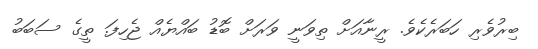
ބިރުވެރި ހަބަރެކެވެ. ރީނާއަށް ތިވަނީ ވަރަށް ބޮޑު ބައްޔެއް ޖެހިފަ. ތީގެ ސަބަބު